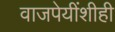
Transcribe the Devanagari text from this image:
वाजपेयींशीही